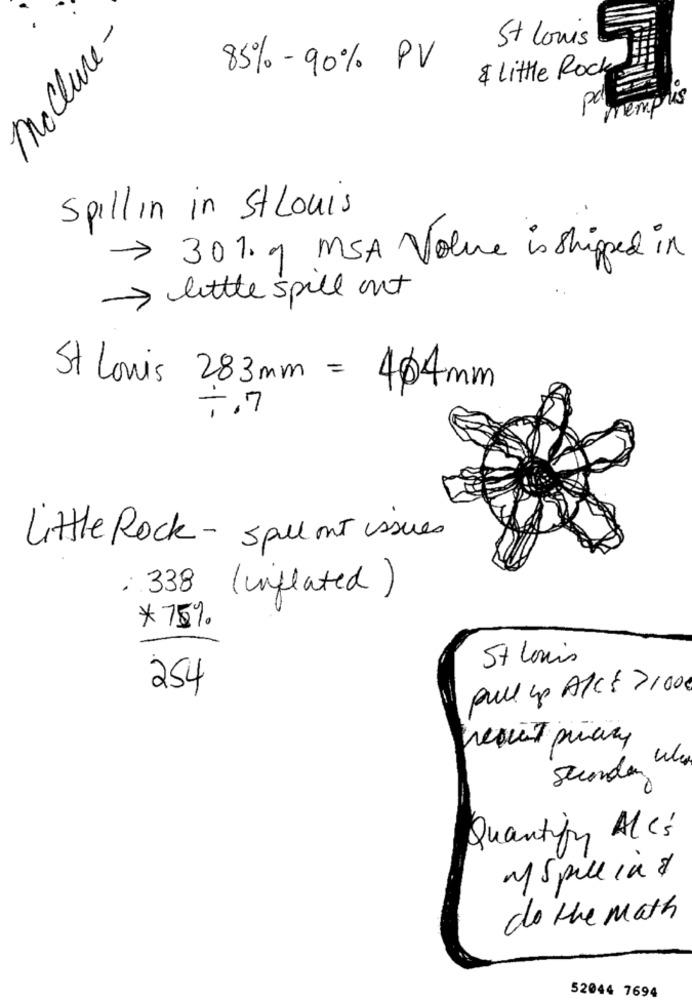
mcclure-
St louis
85% - 90% PV
& Little Rock
memphis
pd
Spillin in StLouis
> 301. 9 MSA Value is shipped in
> little spill out
St louis 283mm = 464mm
Little Rock - spill mt issues
: 338 (inflated)
*75%
St Louis
254
pull up A/C : >100
Stunden
Quantify AlC'
myspillin&
do the math
52044 7694